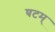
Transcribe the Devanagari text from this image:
घटम्